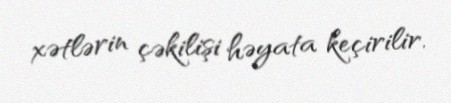
xətlərin çəkilişi həyata keçirilir.